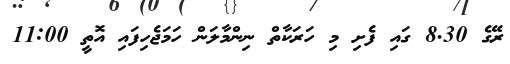
ރޭގެ 8.30 ގައި ފެށި މި ހަރަކާތް ނިންމާލަން ހަމަޖެހިފައި އޮތީ 11:00